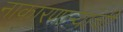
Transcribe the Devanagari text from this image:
नाकारणाऱ्यांची